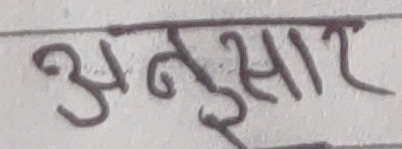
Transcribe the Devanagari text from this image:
अनुसार